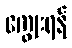
ကျွေးရန်